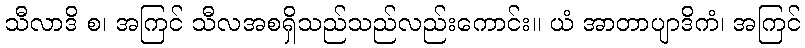
သီလာဒိ စ၊ အကြင် သီလအစရှိသည်သည်လည်းကောင်း။ ယံ အာတာပျာဒိကံ၊ အကြင်